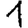
Digit: 1